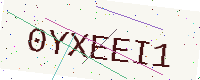
Text: 0YXEEI1